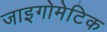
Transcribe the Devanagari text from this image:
जाइगोमेटिक